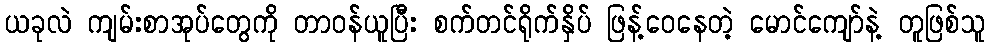
ယခုလဲ ကျမ်းစာအုပ်တွေကို တာဝန်ယူပြီး စက်တင်ရိုက်နှိပ် ဖြန့်ဝေနေတဲ့ မောင်ကျော်နဲ့ တူဖြစ်သူ